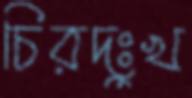
চিরদুঃখ